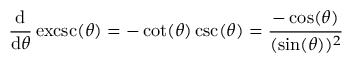
{ \frac { \mathrm { d } } { \mathrm { d } \theta } } \operatorname { e x c s c } ( \theta ) = - \cot ( \theta ) \csc ( \theta ) = { \frac { - \cos ( \theta ) } { ( \sin ( \theta ) ) ^ { 2 } } }